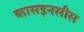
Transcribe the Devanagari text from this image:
कासइनसीस